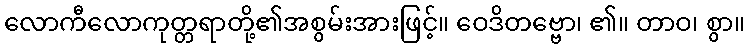
လောကီလောကုတ္တရာတို့၏အစွမ်းအားဖြင့်။ ဝေဒိတဗ္ဗော၊ ၏။ တာဝ၊ စွာ။